Indian journal of veterinary science and animal husbandry - Volumes 26-27, 1956-1957
Year: 1956
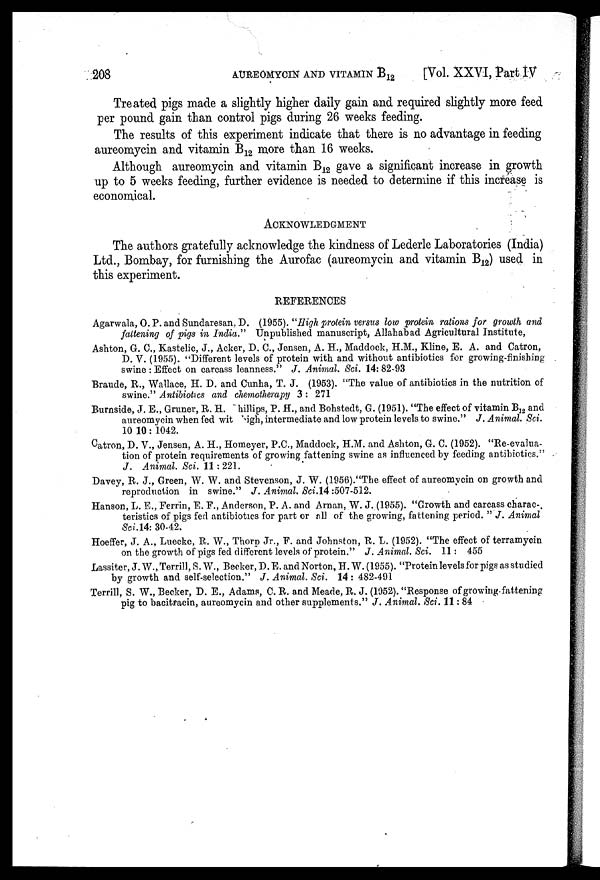
208
AUREOMYCIN
AND
VITAMIN
B 12
[Vol. XXVI, Part IV
Treated pigs made a slightly higher daily gain and required slightly more feed
per pound gain than control pigs during 26 weeks feeding.
The results of this experiment indicate that there is no advantage in feeding
aureomycin and vitamin B 12 more than 16 weeks.
Although aureomycin and vitamin B 12 gave a significant increase in growth
up to 5 weeks feeding, further evidence is needed to determine if this increase is
economical.
ACKNOWLEDGMENT
The authors gratefully acknowledge the kindness of Lederle Laboratories (India)
Ltd., Bombay, for furnishing the Aurofac (aureomycin and vitamin B 12 ) used in
this experiment.
REFERENCES
Agarwala, O.P. and Sundaresan, D. (1955). "High protein versus low protein rations for growth and
faltening of pigs in India."
Unpublished manuscript, Allahabad Agricultural Institute,
Ashton, G. C., Kastelic, J., Acker, D. C., Jensen, A. H., Maddock, H.M., Kline, E. A. and Catron,
D. V. (1955). "Different levels of protein with and without antibiotics for growing-finishing
swine : Effect on carcass leanness." J. Animal. Sci. 14: 82-93
Braude, R., Wallace, H. D. and Cunha, T. J. (1953). "The value of antibiotics in the nutrition of
swine." Antibiotics and chemotherapy 3 : 271
Burnside, J. E., Gruner, R. H. Phillips, P. H., and Bohstedt, G. (1951). "The effect of vitamin B 12 and
aureomycin when fed wit high, intermediate and low protein levels to swine." J. Animal. Sci.
10 10 : 1042.
Catron, D. V., Jensen, A. H., Homeyer, P.C., Maddock, H.M. and Ashton, G. C. (1952). "Re-evalua-
tion of protein requirements of growing fattening swine as influenced by feeding antibiotics."
J. Animal. Sci. 11 : 221.
Davey, R. J., Green, W. W. and Stevenson, J. W. (1956)."The effect of aureomycin on growth and
reproduction in swine." J. Animal.
Sci.14:507-512.
Hanson, L. E., Ferrin, E. F., Anderson, P. A. and Arnan, W. J. (1955). "Growth and carcass charac-.
teristics of pigs fed antibiotics for part or all of the growing, fattening period. " J. Animal
Sci. 14: 30-42.
Hoeffer, J. A., Luecke, R. W., Thorp Jr., F. and Johnston, R. L. (1952). "The effect of terramycin
on the growth of pigs fed different levels of protein." J. Animal. Sci. 11: 455
Lassiter, J. W., Terrill, S. W., Becker, D. E. and Norton, H. W. (1955). "Protein levels for pigs as studied
by growth and self-selection." J. Animal. Sci. 14 : 482-491
Terrill, S. W., Becker, D. E., Adams, C. R. and Meade, R. J. (1952). "Response of growing fattening
pig to bacitracin, aureomycin and other supplements." J. Animal. Sci. 11: 84